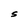
Character: S